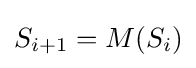
S_{i+1}=M(S_{i})